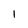
Character: l